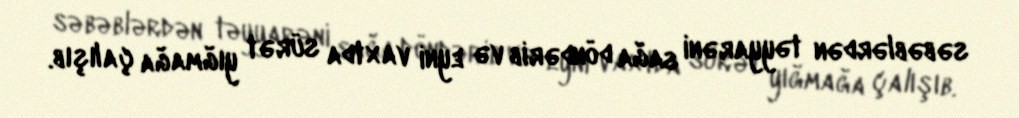
səbəblərdən təyyarəni sağa döndərib və eyni vaxtda sürət yığmağa çalışıb.